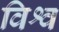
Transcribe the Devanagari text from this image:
विश्व